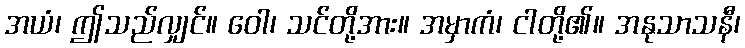
အယံ၊ ဤသည်လျှင်။ ဝေါ၊ သင်တို့အား။ အမှာကံ၊ ငါတို့၏။ အနုသာသနီ၊